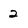
Character: 2